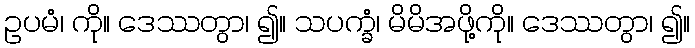
ဥပမံ၊ ကို။ ဒေဿတွာ၊ ၍။ သပက္ခံ၊ မိမိအဖို့ကို။ ဒေဿတွာ၊ ၍။